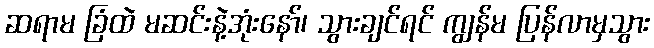
ဆရာမ ခြံထဲ မဆင်းနဲ့အုံးနော်၊ သွားချင်ရင် ကျွန်မ ပြန်လာမှသွား